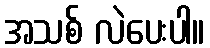
အသစ် လဲပေးပါ။